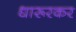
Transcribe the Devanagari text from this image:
धारूरकर